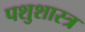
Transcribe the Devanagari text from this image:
पशुशास्त्र